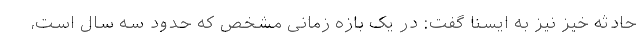
حادثه خیز نیز به ایسنا گفت: در یک بازه زمانی مشخص که حدود سه سال است،